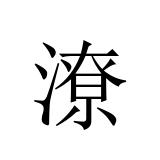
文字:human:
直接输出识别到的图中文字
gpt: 潦